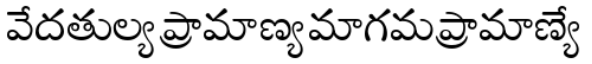
వేదతుల్యప్రామాణ్యమాగమప్రామాణ్యే